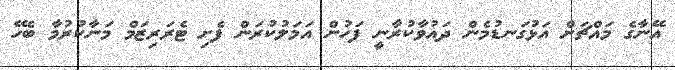
އޭނާގެ މައްޗަށް އަޅުގަނޑުމެން ދައުވާކުރާނީ ފަހުން އަމަލުކުރަން ފެށި ޓެރަރިޒަމް މަނާކުރުމާ ބެހޭ